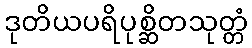
ဒုတိယပရိပုစ္ဆိတသုတ္တံ